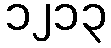
၁၂၁၃